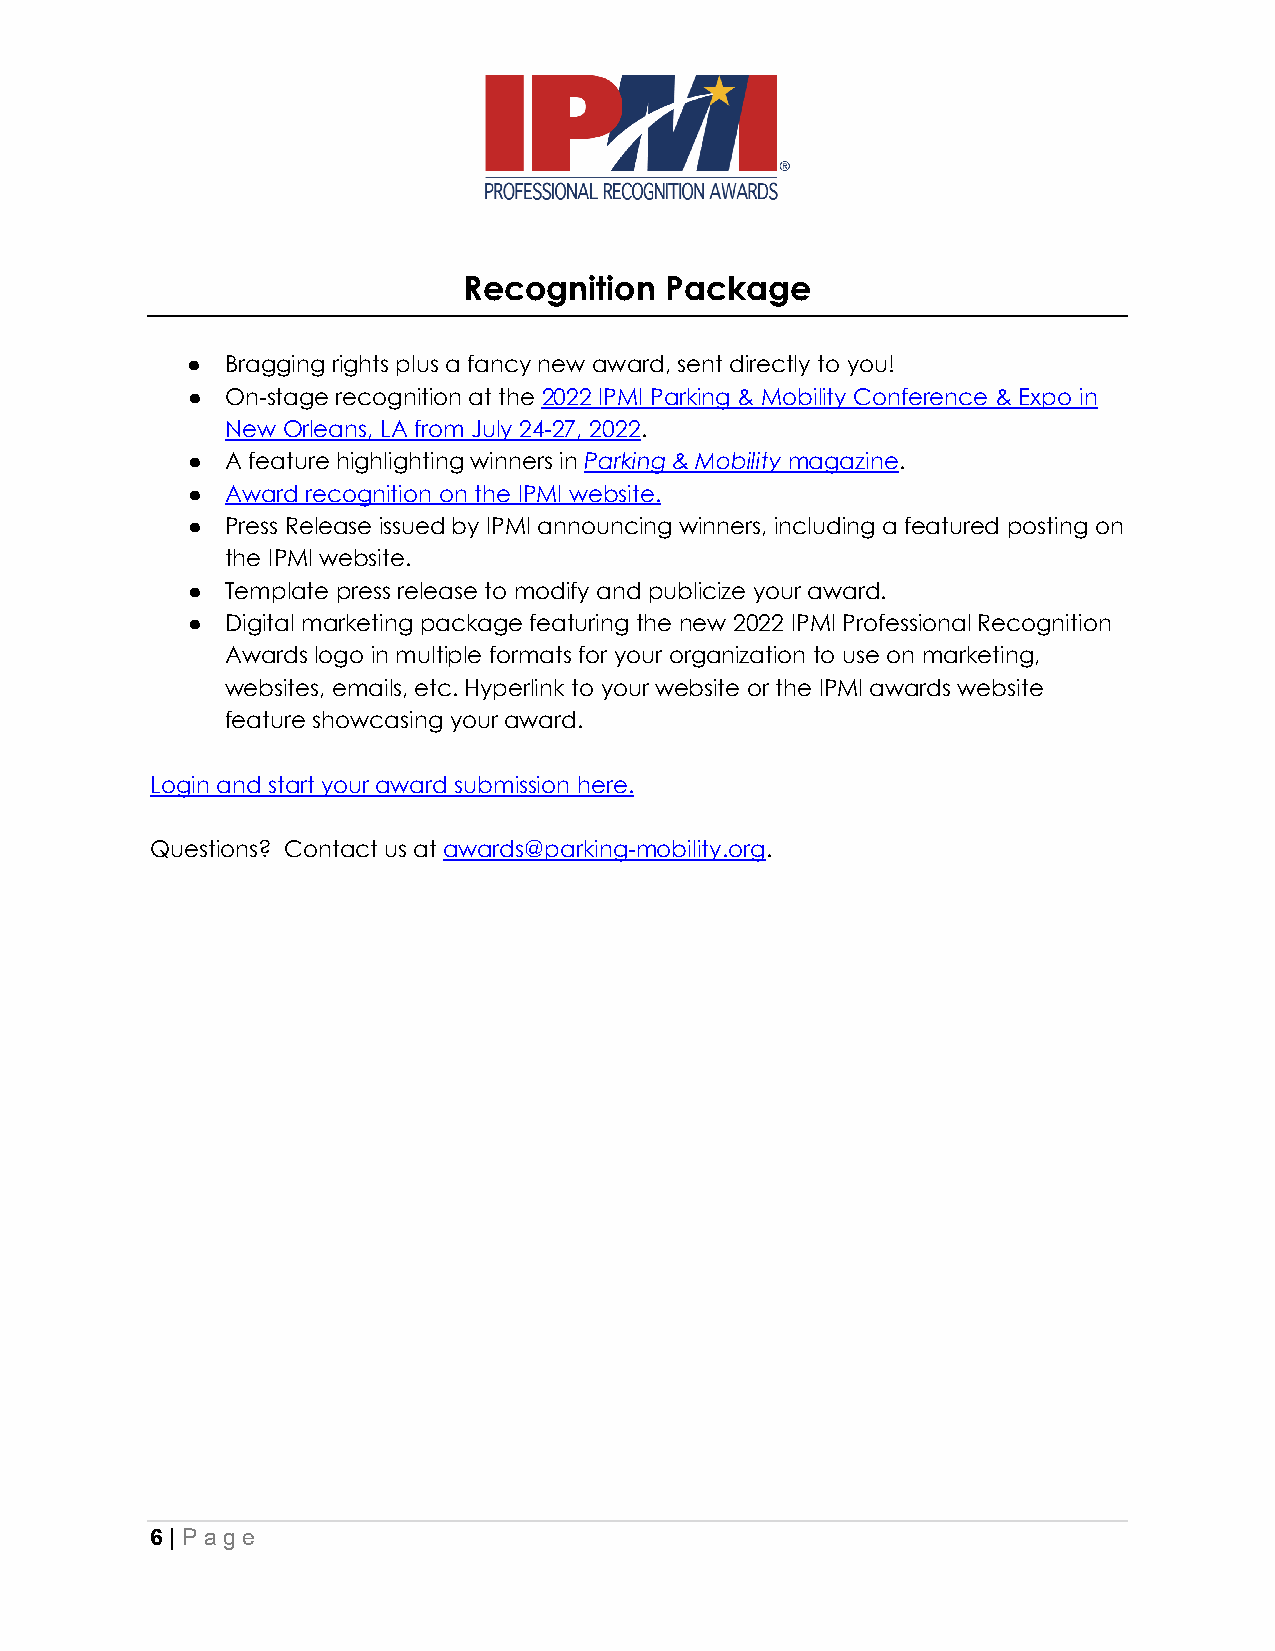
Recognition  Package
 ●  Bragging rights plus a fancy new award, sent directly to you!
 ●  On-stage recognition at the 2022 IPMI Parking & Mobility Conference & Expo in
 New Orleans, LA from July 24-27, 2022.
 ●  A feature highlighting winners in Parking & Mobility magazine.
 ●  Award recognition on the IPMI website.
 ●  Press Release issued by IPMI announcing winners, including a featured posting on
 the IPMI website.
 ●  Template press release to modify and publicize your award.
 ●  Digital marketing package featuring the new 2022 IPMI Professional Recognition
 Awards logo in multiple formats for your organization to use on marketing,
 websites, emails, etc. Hyperlink to your website or the IPMI awards website
 feature showcasing your award.
 Login and start your award submission here.
 Questions? Contact us at awards@parking-mobility.org.
 6 | Page